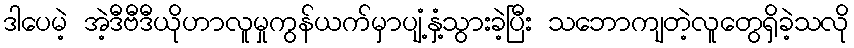
ဒါပေမဲ့ အဲ့ဒီဗီဒီယိုဟာလူမှုကွန်ယက်မှာပျံ့နှံ့သွားခဲ့ပြီး သဘောကျတဲ့လူတွေရှိခဲ့သလို